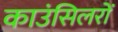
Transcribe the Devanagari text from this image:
काउंसिलरों